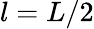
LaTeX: l=L/2